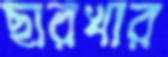
ছারখার